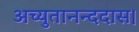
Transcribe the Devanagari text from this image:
अच्युतानन्ददास।